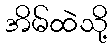
အိမ်ထဲသို့